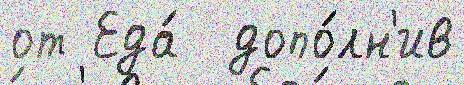
от Еда́  допо́лн'ив